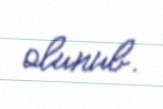
olunub.